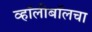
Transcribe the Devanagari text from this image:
व्हॉलीबॉलचा